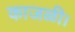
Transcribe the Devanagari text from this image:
काजळी।